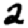
Digit: 2